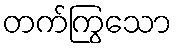
တက်ကြွသော